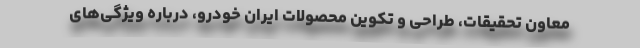
معاون تحقیقات، طراحی و تکوین محصولات ایران خودرو، درباره ویژگی‌های